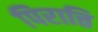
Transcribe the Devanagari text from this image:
पिरात्ति